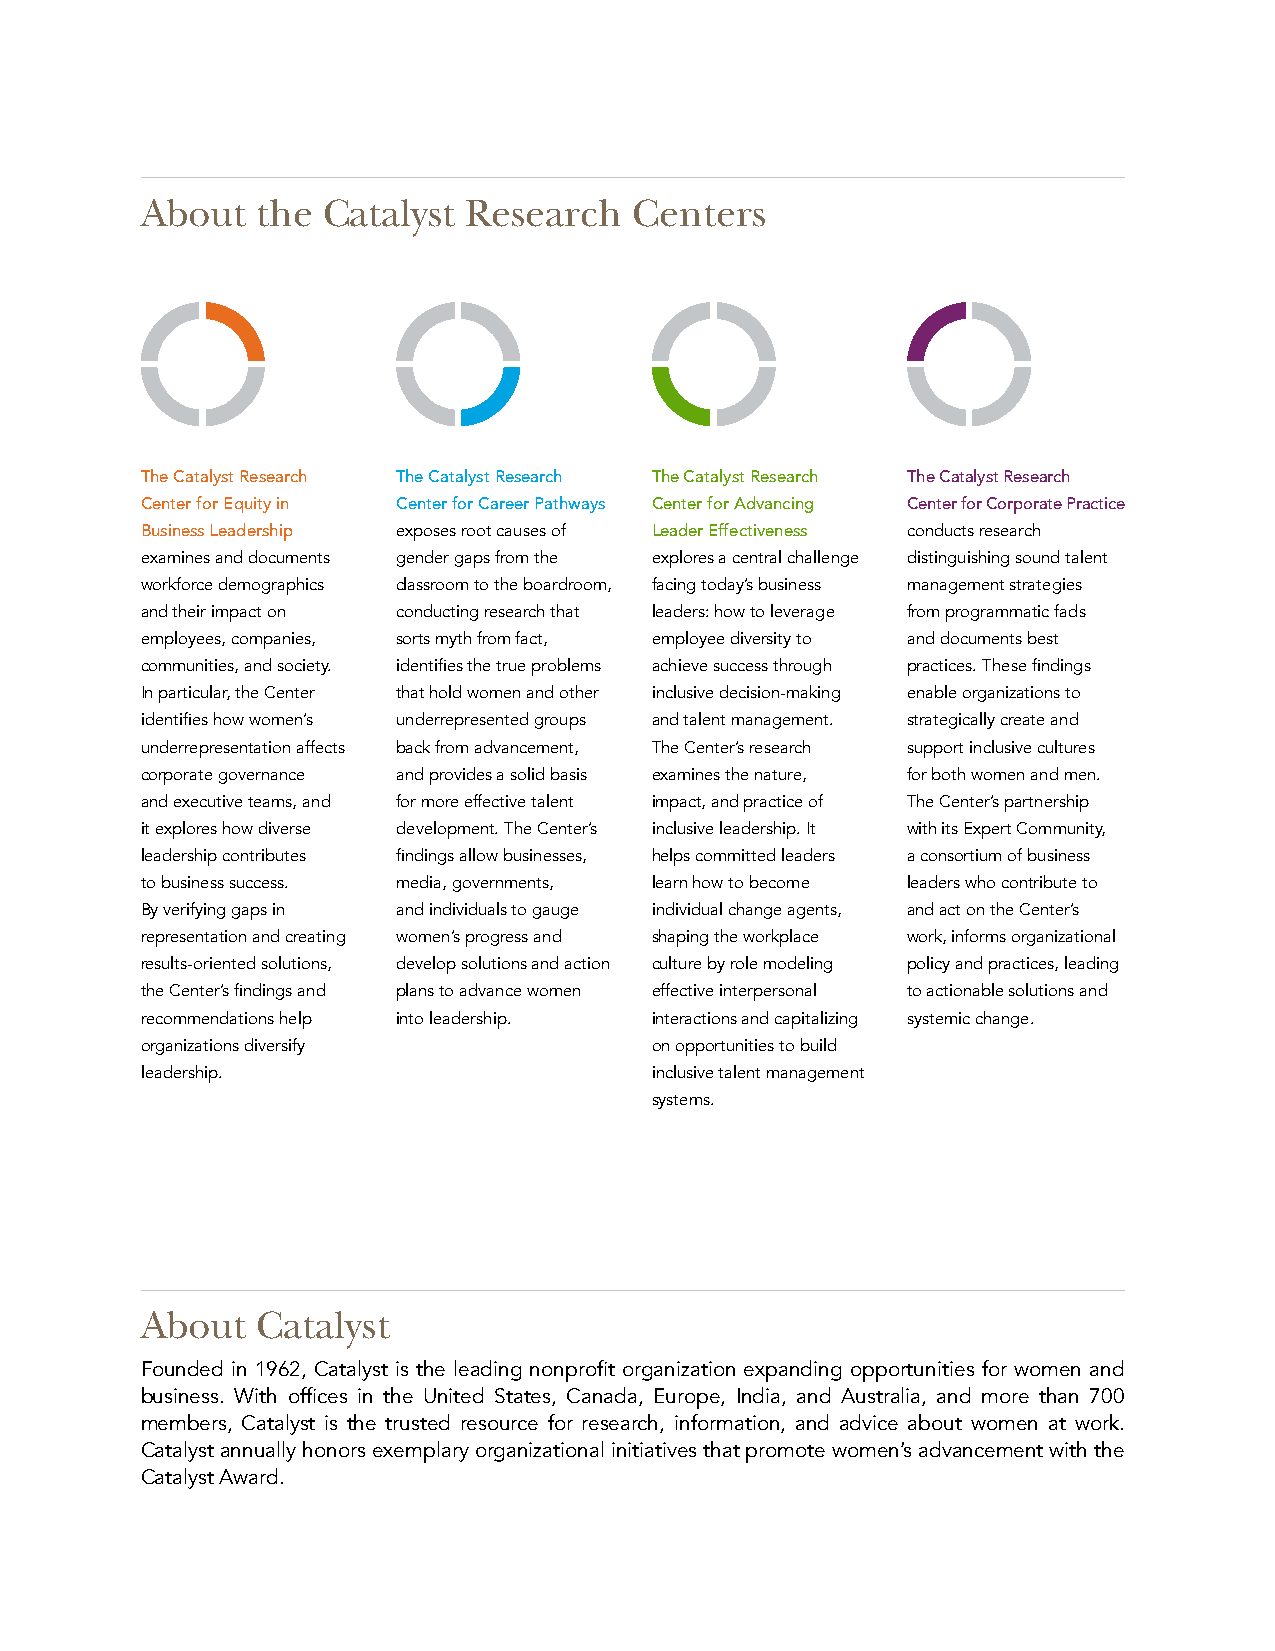
About   the Catalyst  Research   Centers
 The Catalyst Research The Catalyst Research The Catalyst Research The Catalyst Research
 Center for Equity in Center for Career Pathways Center for Advancing Center for Corporate Practice
 Business Leadership exposes root causes of Leader Effectiveness conducts research
 examines and documents gender gaps from the explores a central challenge distinguishing sound talent
 workforce demographics classroom to the boardroom, facing today’s business management strategies
 and their impact on conducting research that leaders: how to leverage from programmatic fads
 employees, companies, sorts myth from fact, employee diversity to and documents best
 communities, and society. identifies the true problems achieve success through practices. These findings
 In particular, the Center that hold women and other inclusive decision-making enable organizations to
 identifies how women’s underrepresented groups and talent management. strategically create and
 underrepresentation affects back from advancement, The Center’s research support inclusive cultures
 corporate governance and provides a solid basis examines the nature, for both women and men.
 and executive teams, and for more effective talent impact, and practice of The Center’s partnership
 it explores how diverse development. The Center’s inclusive leadership. It with its Expert Community,
 leadership contributes findings allow businesses, helps committed leaders a consortium of business
 to business success. media, governments, learn how to become leaders who contribute to
 By verifying gaps in and individuals to gauge individual change agents, and act on the Center’s
 representation and creating women’s progress and shaping the workplace work, informs organizational
 results-oriented solutions, develop solutions and action culture by role modeling policy and practices, leading
 the Center’s findings and plans to advance women effective interpersonal to actionable solutions and
 recommendations help into leadership. interactions and capitalizing systemic change.
 organizations diversify           on opportunities to build
 leadership.                       inclusive talent management
 systems.
 About   Catalyst
 Founded in 1962, Catalyst is the leading nonprofit organization expanding opportunities for women and
 business. With offices in the United States, Canada, Europe, India, and Australia, and more than 700
 members, Catalyst is the trusted resource for research, information, and advice about women at work.
 Catalyst annually honors exemplary organizational initiatives that promote women’s advancement with the
 Catalyst Award.